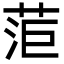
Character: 菃